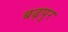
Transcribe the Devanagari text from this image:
बढ़पुर